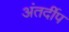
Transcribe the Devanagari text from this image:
अंतर्दीप